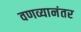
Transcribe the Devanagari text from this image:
वणव्यानंतर